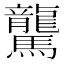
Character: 驡